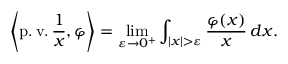
\left\langle \operatorname { p . v . } { \frac { 1 } { x } } , \varphi \right\rangle = \operatorname* { l i m } _ { \varepsilon \to 0 ^ { + } } \int _ { | x | > \varepsilon } { \frac { \varphi ( x ) } { x } } \, d x .